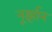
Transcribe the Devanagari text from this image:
नूर्झान